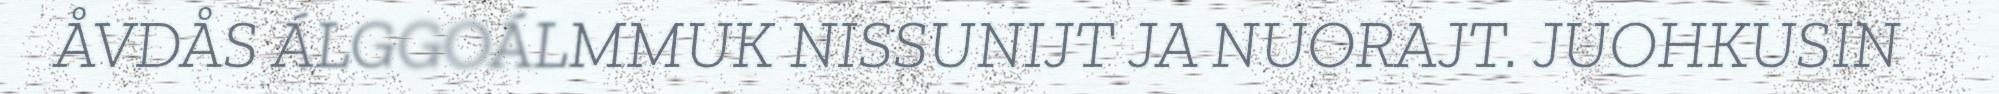
ÅVDÅS ÁLGGOÁLMMUK NISSUNIJT JA NUORAJT. JUOHKUSIN